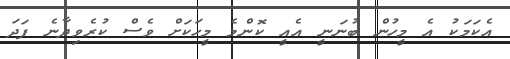
އެކަމަކު އެ މީހުން ބުނަނީ އެއީ ކޮންމެ މީހަކަށް ވެސް ކުރެވިދާނެ ފަދަ